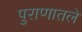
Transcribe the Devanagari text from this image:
पुराणातले